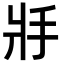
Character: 𢪇